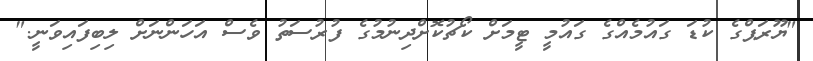
"ޔޫރަޕްގެ ކުޑަ ގައުމެއްގެ ގައުމީ ޓީމަށް ކޯޗުކޮށްދިނުމުގެ ފުރުސަތު ވެސް އަހަންނަށް ލިބިފައިވަނީ."